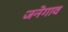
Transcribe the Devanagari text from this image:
जनेगाव